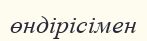
өндірісімен